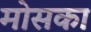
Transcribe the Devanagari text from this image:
मोसका